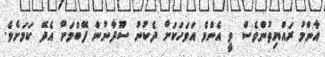
އާންމު ރައްޔިތުންވެސް ވީ އެންމެ އަވަހަކަށް ދެކުނު ސޫދާނުން ފޭބުމަށް އެދޭ ކަމަށެވެ.